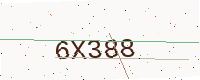
Text: 6X388